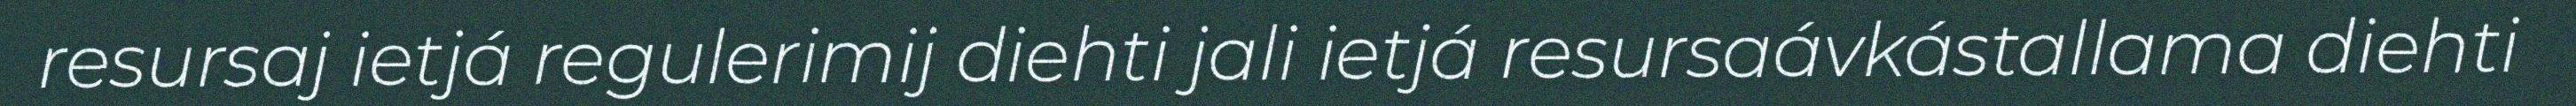
resursaj ietjá regulerimij diehti jali ietjá resursaávkástallama diehti